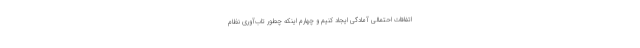
اتفاقات احتمالی آمادگی ایجاد کنیم و چهارم اینکه چطور تاب‌آوری نظام